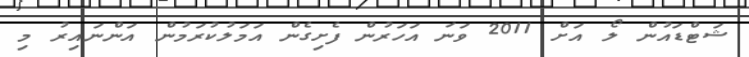
ޝަޓްޑައުން ލޯ އަށް 2011 ވަނަ އަހަރުން ފެށިގެން އަމަލުކުރަމުން އަންނައިރު މި